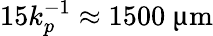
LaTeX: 15k_{p}^{-1}\approx 1500~\upmu\textrm{m}